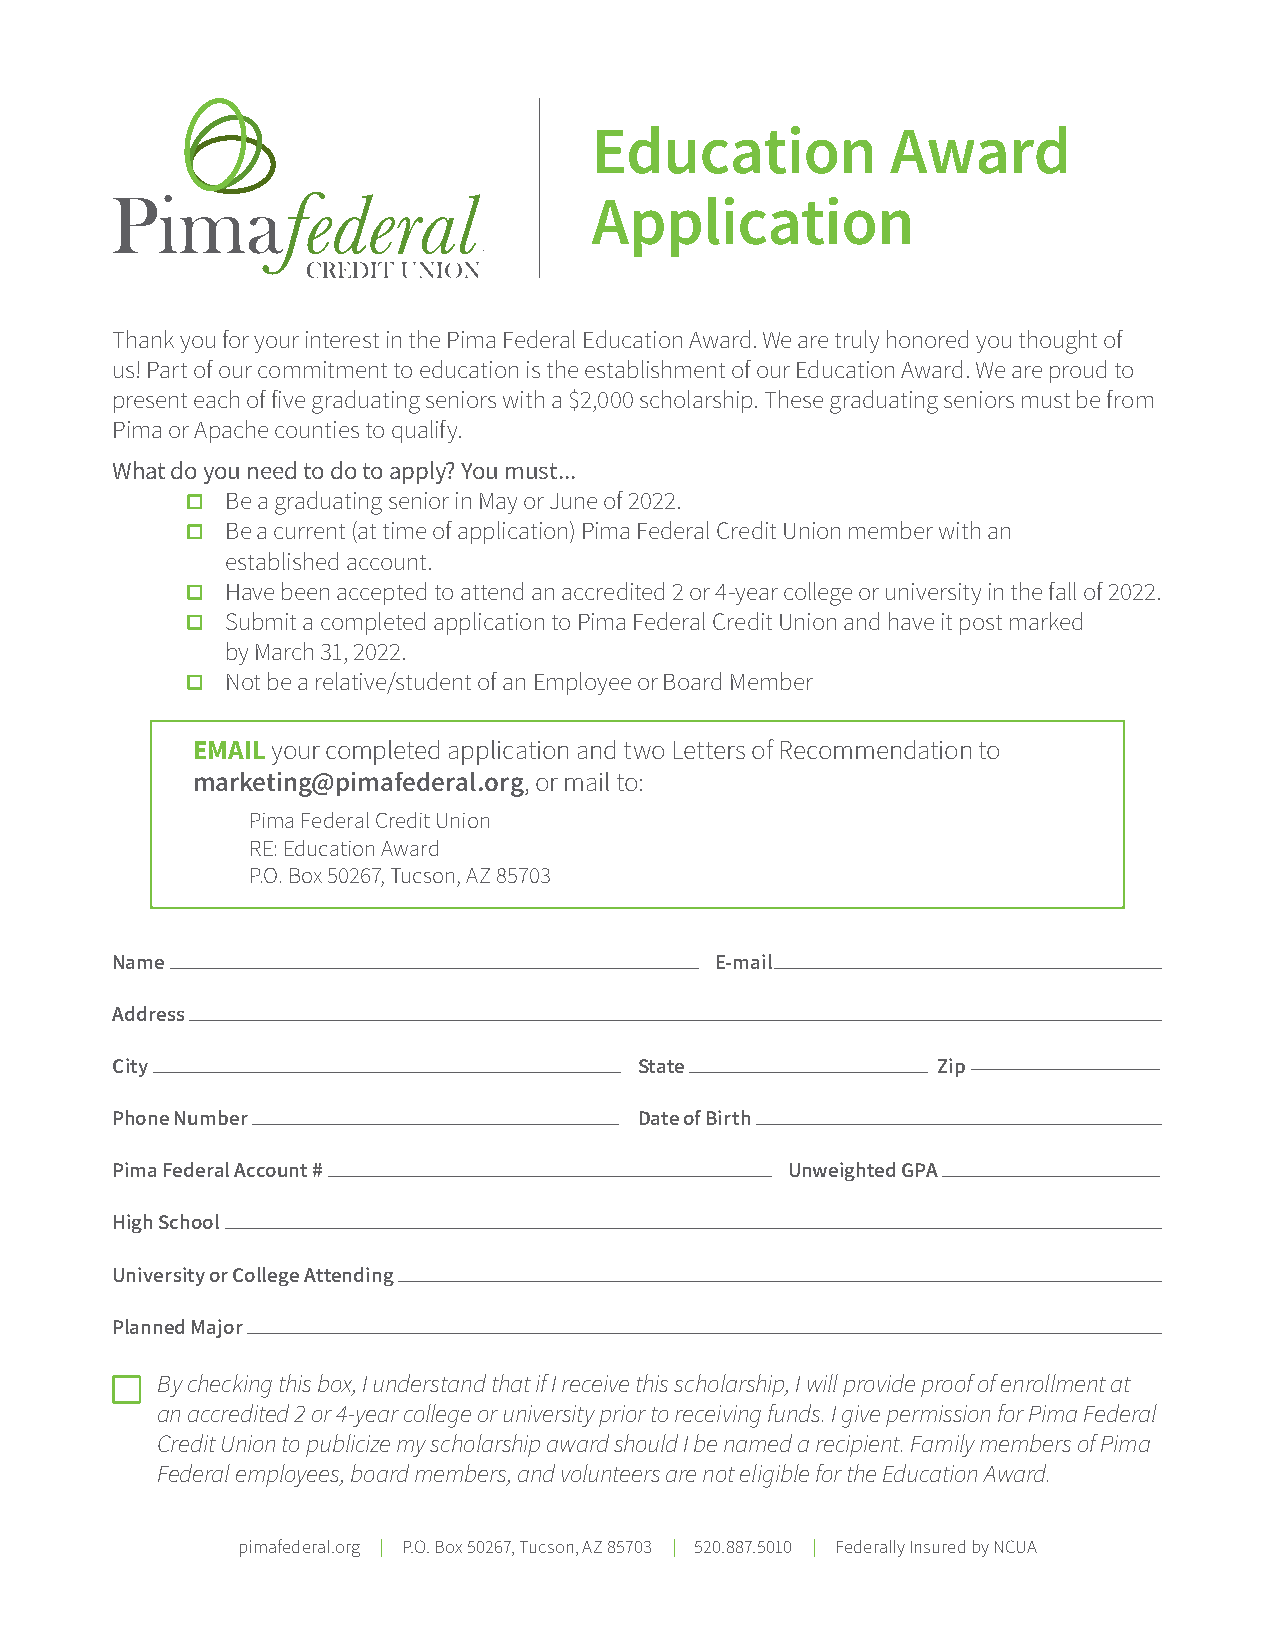
Education           Award
 Application
 Thank you for your interest in the Pima Federal Education Award. We are truly honored you thought of
 us! Part of our commitment to education is the establishment of our Education Award. We are proud to
 present each of five graduating seniors with a $2,000 scholarship. These graduating seniors must be from
 Pima or Apache counties to qualify.
 What do you need to do to apply? You must...
 Be a graduating senior in May or June of 2022.
 Be a current (at time of application) Pima Federal Credit Union member with an
 established account.
 Have been accepted to attend an accredited 2 or 4-year college or university in the fall of 2022.
 Submit a completed application to Pima Federal Credit Union and have it post marked
 by March 31, 2022.
 Not be a relative/student of an Employee or Board Member
 EMAIL your completed application and two Letters of Recommendation to
 marketing@pimafederal.org, or mail to:
 Pima Federal Credit Union
 RE: Education Award
 P.O. Box 50267, Tucson, AZ 85703
 Name                                    E-mail
 Address
 City                               State               Zip
 Phone Number                       Date of Birth
 Pima Federal Account #                       Unweighted GPA
 High School
 University or College Attending
 Planned Major
 By checking this box, I understand that if I receive this scholarship, I will provide proof of enrollment at
 an accredited 2 or 4-year college or university prior to receiving funds. I give permission for Pima Federal
 Credit Union to publicize my scholarship award should I be named a recipient. Family members of Pima
 Federal employees, board members, and volunteers are not eligible for the Education Award.
 pimafederal.org | P.O. Box 50267, Tucson, AZ 85703 | 520.887.5010 | Federally Insured by NCUA